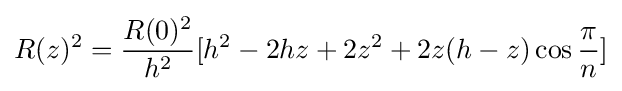
R(z)^{2}={\frac {R(0)^{2}}{h^{2}}}[h^{2}-2hz+2z^{2}+2z(h-z)\cos {\frac {\pi }{n}}]